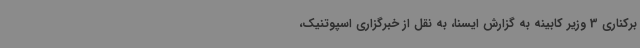
برکناری 3 وزیر کابینه به گزارش ایسنا، به نقل از خبرگزاری اسپوتنیک،